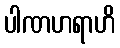
ပါဏဟရာဟိ